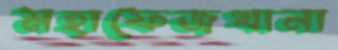
মহাফেজখানা